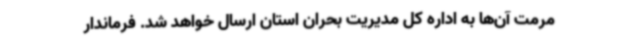
مرمت آن‌ها به اداره کل مدیریت بحران استان ارسال خواهد شد. فرماندار